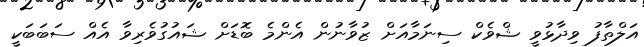
އަލްތާފު ވިދާޅުވީ ޝްވެކް ސިނަމާއަށް ޒުވާނުން އެންމެ ބޮޑަށް ޝައުގުވެރިވާ އެއް ސަބަބަކީ